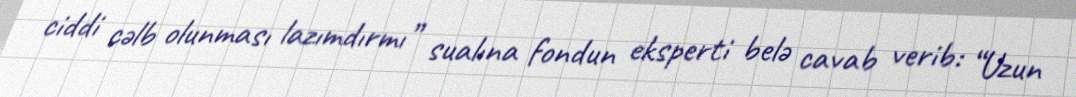
ciddi cəlb olunması lazımdırmı” sualına fondun eksperti belə cavab verib: “Uzun